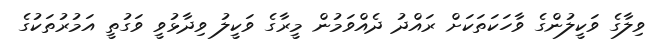
ވިލާގެ ވަކީލުންގެ ވާހަކަތަކަށް ރައްދު ދެއްވަމުން މީރާގެ ވަކީލު ވިދާޅުވީ ވަގުތީ އަމުރުތަކުގެ